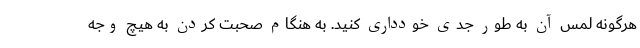
هرگونه لمس آن به طور جدی خودداری کنید. به هنگام صحبت کردن به هیچ وجه